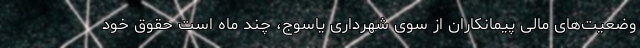
وضعیت‌های مالی پیمانکاران از سوی شهرداری یاسوج، چند ماه است حقوق خود